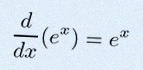
\frac{d}{dx}(e^x)=e^x